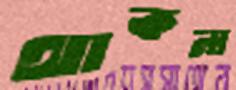
থাকনা